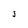
Character: S